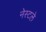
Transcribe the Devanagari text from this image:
नेस्टले